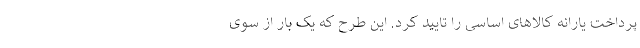
پرداخت یارانه کالاهای اساسی را تایید کرد. این طرح که یک بار از سوی